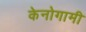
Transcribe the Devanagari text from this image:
केनोगामी